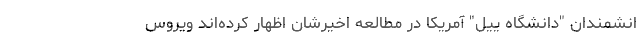
انشمندان "دانشگاه ییل" آمریکا در مطالعه اخیرشان اظهار کرده‌اند ویروس